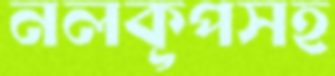
নলকূপসহ